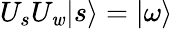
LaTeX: U_{s}U_{\mathit{w}}|s\rangle=|\omega\rangle